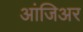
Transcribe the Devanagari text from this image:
आंजिअर